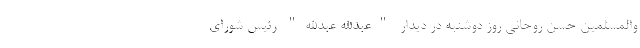
والمسلمین حسن روحانی روز دوشنبه در دیدار "عبدالله عبدالله" رئیس شورای